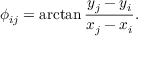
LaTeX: \phi _ { i j } = \arctan \frac { y _ { j } - y _ { i } } { x _ { j } - x _ { i } } .